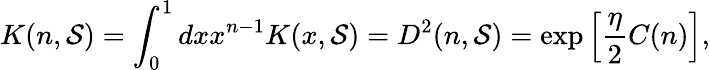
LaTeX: K(n,\mathcal{S})=\int_{0}^{1}dxx^{n-1}K(x,\mathcal{S})=D^{2}(n,\mathcal{S})=\exp\left[{\frac{{\eta}}{{2}}}C(n)\right],